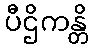
ပီဌိကန္တိ